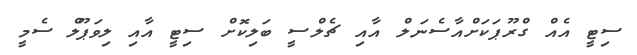
ސިޓީ އެއް ގްރޫޕަކަށްއާސެނަލް އާއި ޗެލްސީ ބަލިކޮށް ސިޓީ އާއި ލިވަޕޫލް ސެމީ